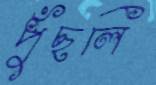
পুঁছলি